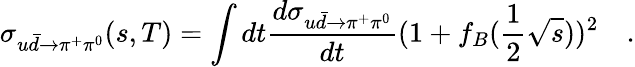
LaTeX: \sigma_{u\bar{d}\to\pi^{+}\pi^{0}}(s,T)=\int dt\frac{d\sigma_{u\bar{d}\to\pi^{+}\pi^{0}}}{dt}(1+f_{B}(\frac{1}{2}\sqrt{s}))^{2}\quad.